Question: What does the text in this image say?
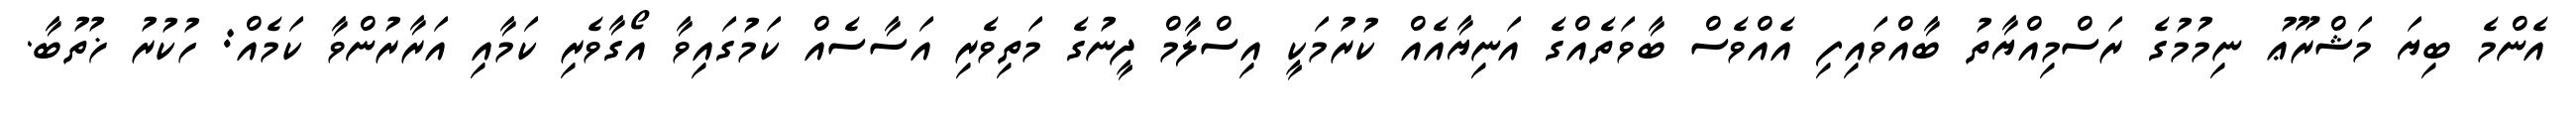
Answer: އެންމެ ބިޔަ މަޝްރޫޢު ނިމުމުގެ ރަސްމިއްޔާތު ބާއްވައިފި އެއްވެސް ބާވަތެއްގެ އަނިޔާއެއް ކުރުމަކީ އިސްލާމް ދީނުގެ މަތިވެރި އަސާސެއް ކަމުގައިވާ އޯގާވެރި ކަމާއި އަރާރުންވާ ކަމެއް: ހުކުރު ޚުތުބާ.